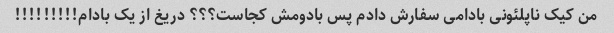
من کیک ناپلئونی بادامی سفارش دادم پس بادومش کجاست؟؟؟ دریغ از یک بادام!!!!!!!!!